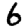
Digit: 6